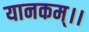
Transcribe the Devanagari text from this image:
यानकम्।।